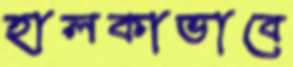
হালকাভাবে